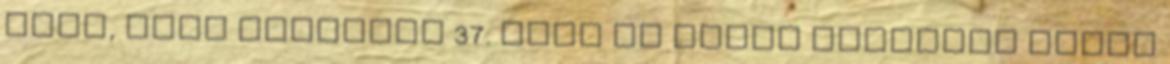
néki, akit meddőnek 37. Mert az Isten Igéjének semmi